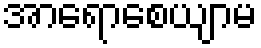
အာရောစေယျာမ